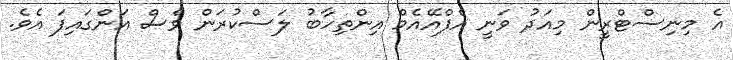
އެ މިނިސްޓްރީން މިއަދު ވަނީ އެފްއޭއެމް އިންތިހާބު ލަސްކުރަން ވެސް އަންގައިފަ އެވެ.